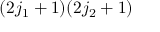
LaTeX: ( 2 j _ { 1 } + 1 ) ( 2 j _ { 2 } + 1 )